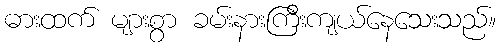
ဓားထက် များစွာ ခမ်းနားကြီးကျယ်နေသေးသည်။